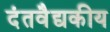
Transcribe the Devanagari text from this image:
दंतवैद्यकीय